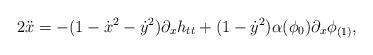
LaTeX: \begin{align*}2\ddot{x} = -(1-\dot{x}^2-\dot{y}^2)\partial_xh_{tt} + (1-\dot{y}^2)\alpha(\phi_0)\partial_x\phi_{(1)},\end{align*}